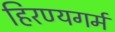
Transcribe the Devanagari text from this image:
हिरण्यगर्म